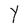
Character: Y